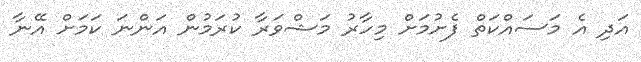
އަދި އެ މަސައްކަތް ފެށުމަށް މިހާރު މަޝްވަރާ ކުރަމުން އަންނަ ކަމަށް އޭނާ